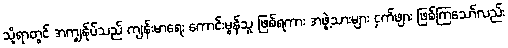
သို့ရာတွင် အကျွန်ုပ်သည် ကျန်းမာရေး ကောင်းမွန်သူ ဖြစ်ရကား အဖွဲ့သားများ ငှက်ဖျား ဖြစ်ကြသော်လည်း